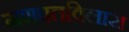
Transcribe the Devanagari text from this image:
गणपतविलास